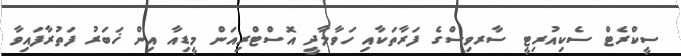
ސީކްރެޓް ސެކިއުރިޓީ ސާރވިސްގެ ފަރާތަކާއި ހަވާލާދީ އޮސްޓްރިއަން މީޑިއާ އިން ޚަބަރު ފަތުރާފައިވާ